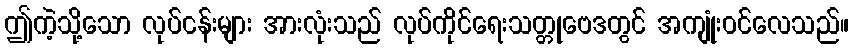
ဤကဲ့သို့သော လုပ်ငန်းများ အားလုံးသည် လုပ်ကိုင်ရေးသတ္တုဗေဒတွင် အကျုံးဝင်လေသည်။